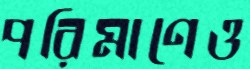
পরিমাণেও